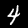
Label: 4